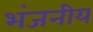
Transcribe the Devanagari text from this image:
भंजनीय